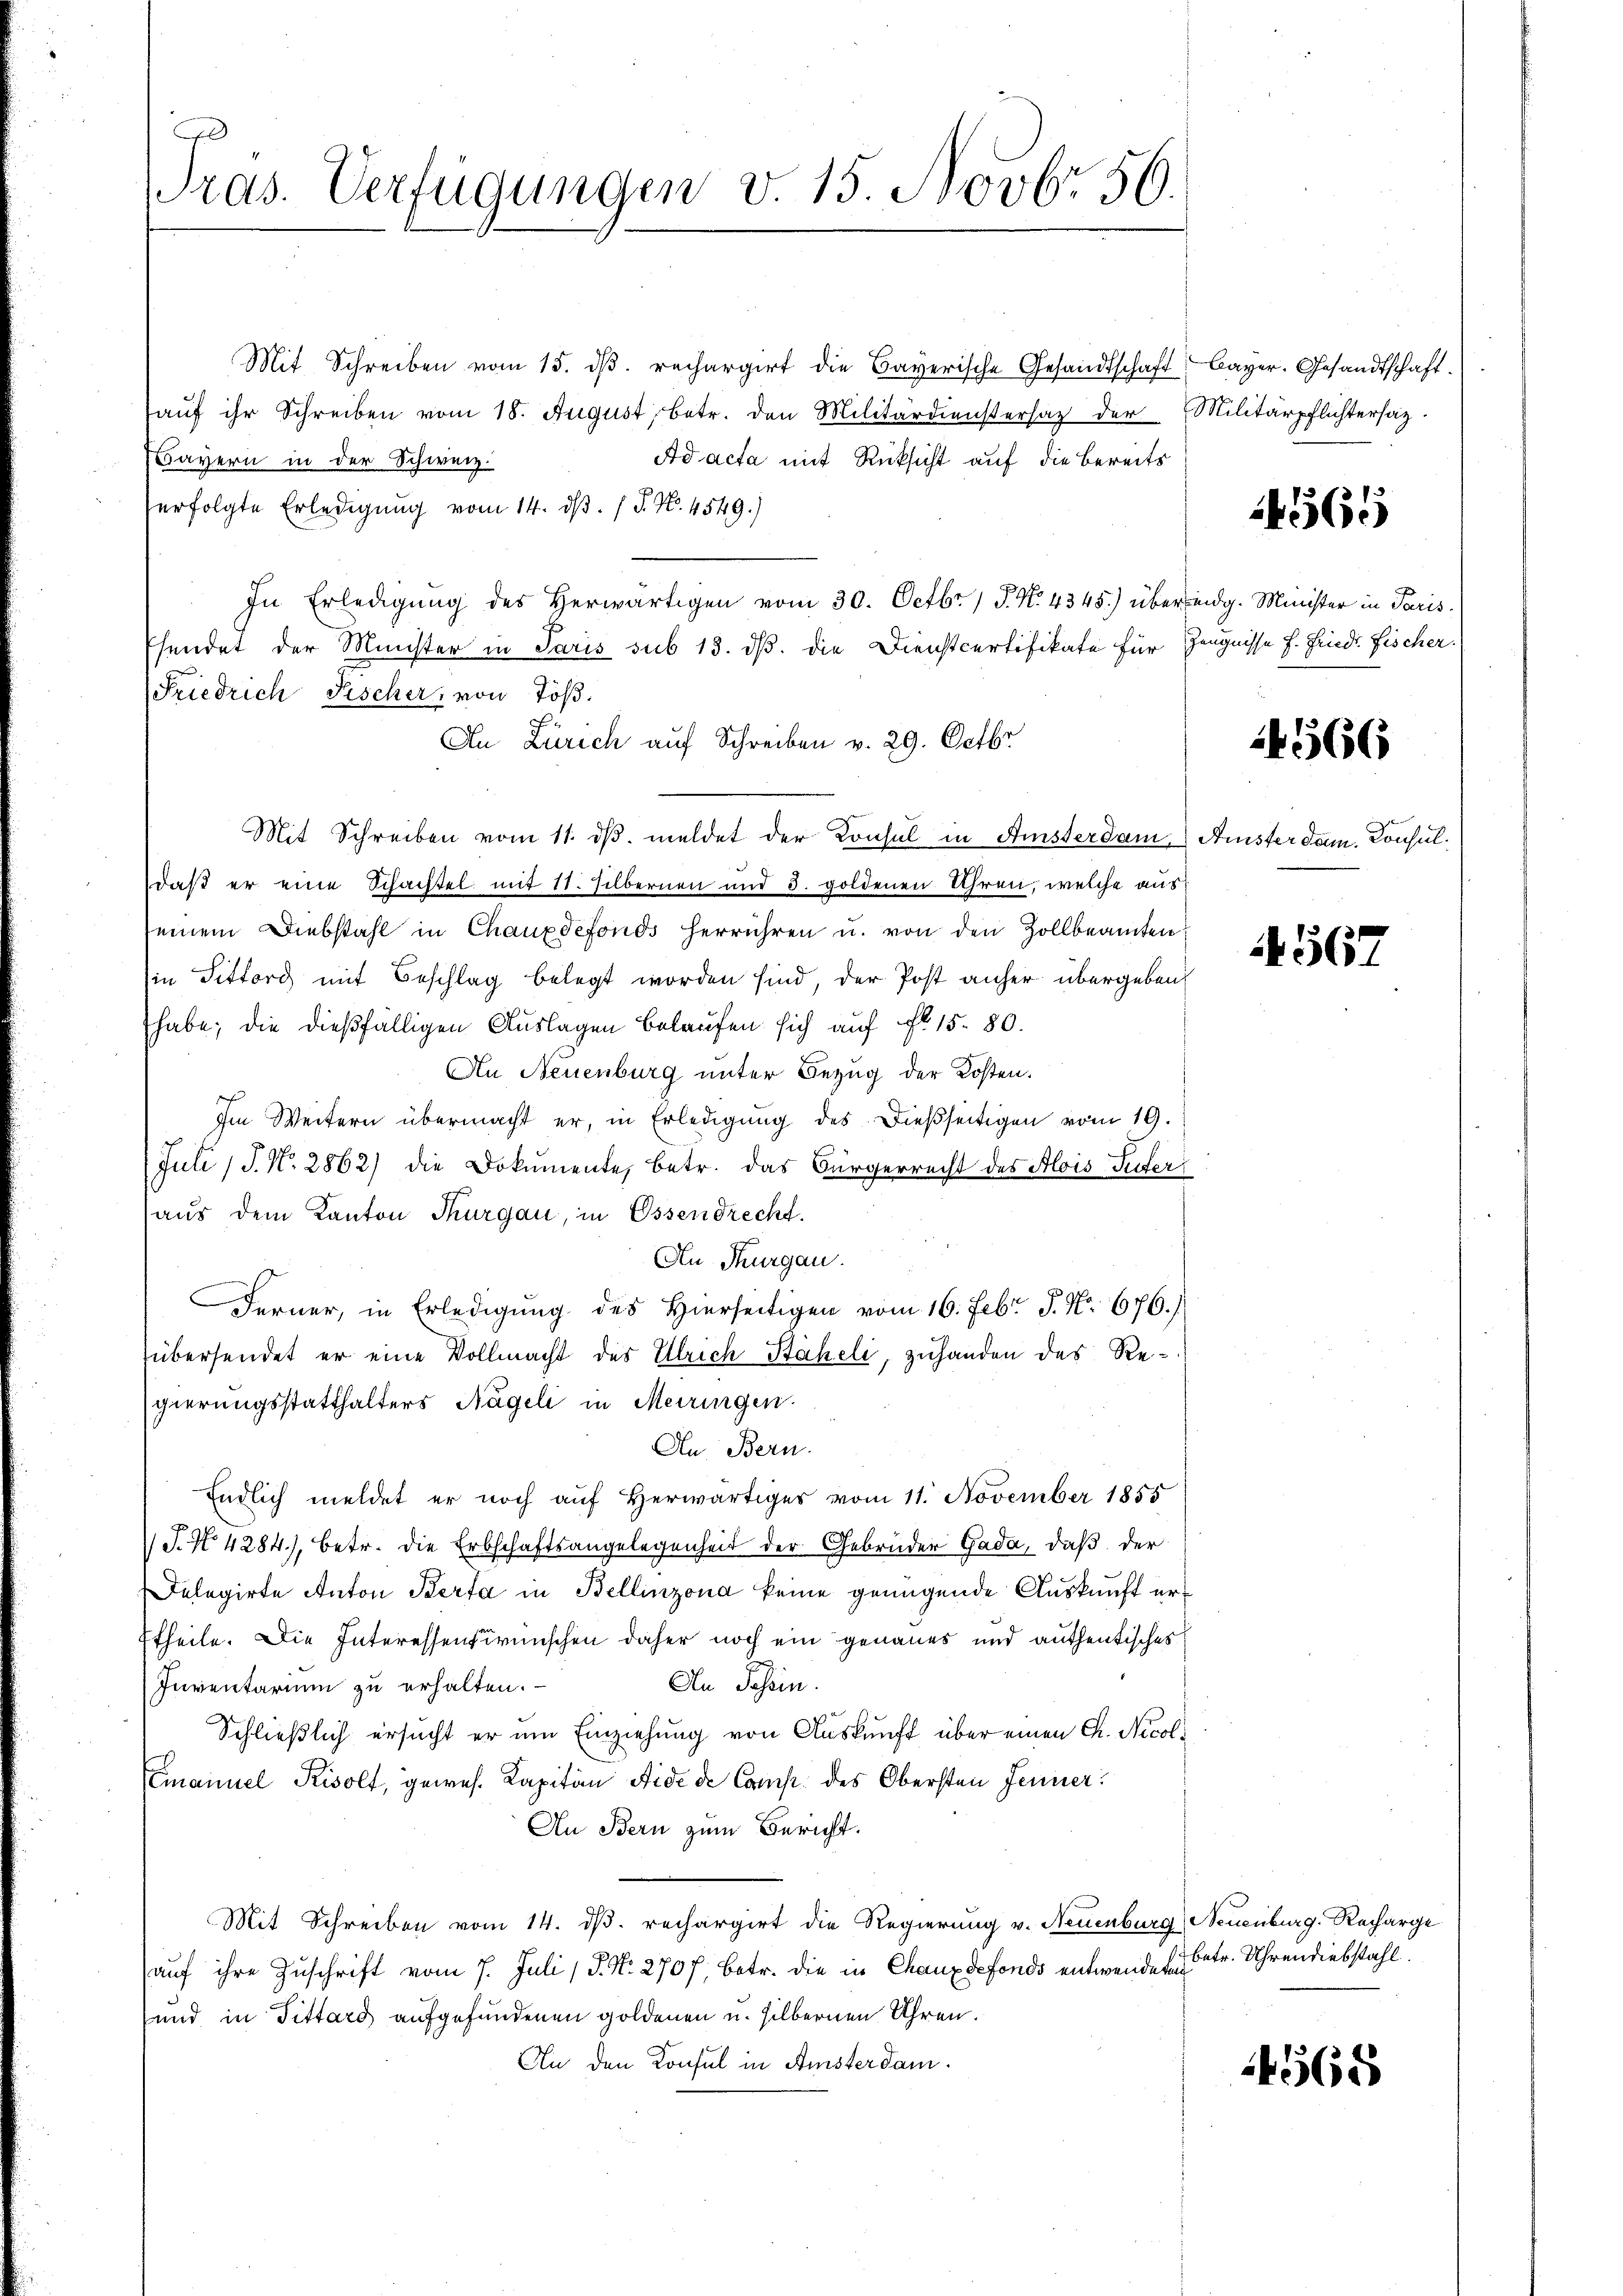
ras. Verfügungen v. 15. Novbr. 56.

Mit Schreiben vom 15. dβ. rechargirt die Bayerische Gesandtschaft Bayer. Gesandtschaft.
aŭf ihr Schreiben vom 18. August, betr. den Militärdienstersaz der Militärpflichtersaz-
Ad acta mit Rücksicht auf die bereits
Bayern in der Schweiz.
erfolgte Erledigung vom 14. dβ. / P. Nr. 4549.)
In Erledigung des Herwärtigen vom 30. Octbr. / P. No. 4345.) über eidg. Minister in Paris¬
Esendet der Minister in Paris sub 13. ds. die Dienstcertifikate für Zeugnisse f. Friedl Fischer.
Friedrich Fischer, von Töß.
An Zürich auf Schreiben v. 29. Octbr.
Mit Schreiben vom 11. dβ meldet der Konsul in Amsterdam. Amister dam. Konsuldaß er eine Schachtel mit 11. silbernen und 3. goldenen Uhren, welche aus
seinem Diebstahl in Chauxdefonds herrühren u. von den Zollbeamten
in Tittord mit Beschlag belegt worden sind, der Post anher übergeben
habe; die dießfälligen Auslagen belaufen sich auf No 15. 80.
An Neuenburg unter Bezug der Kosten.
Im Weitern übermacht er, in Erledigung des dießseitigen vom 19.
Juli 1 S. Nr. 2862) die Dokumente, betr. das Bürgerrecht des Alois Seiter
aus dem Kanton Thurgau, in Essendrecht.
An Thurgau.
Ferner, in Erledigung des Hierseitigen vom 16. Febr. P. Nr. 676.)
übersendet er eine Vollmacht des Ulrich Stäheli, zuhanden des Regierungsstatthalters Nägeli in Meiringen.
An Bern.
Endlich meldet er noch auf herwärtiges vom 11. November 1855
/J. No. 4284), betr. die Erbschaftsangelegenheit der Gebrüder Gada, daß der
Delegirte Anton Berta in Bellinzona keine genügende Auskunft ertheile. Die Interessenswünschen daher noch ein genaues und authentisches
An Tessin.
Inventarium zu erhalten.
Schließlich ersucht er um Einziehung von Auskunft über einen Ch. Nicol¬
Emanuel Rivolt, gewes. Kapitän Aide de Comp. des Obersten Jenner
An Bern zum Bericht.
Mit Schreiben vom 14. ds. rechargirt die Regierung v. Neuenburg, Neuenburg. Recharge
auf ihre Zuschrift vom 7. Juli / P. Nr. 2707, betr. die in Chauxdefonds entwendeten
und in Tittard aufgefundenen goldenen u. silbernen Uhren.
An den Konsul in Amsterdam.

14565

14566

4567

betr. Uhrendiebstahl.

68